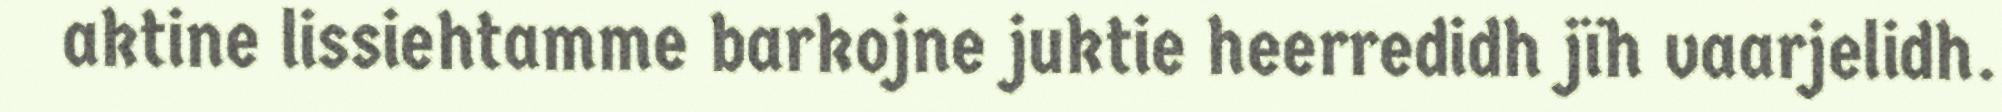
aktine lissiehtamme barkojne juktie heerredidh jïh vaarjelidh.